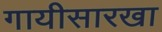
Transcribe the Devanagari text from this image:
गायीसारखा